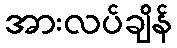
အားလပ်ချိန်